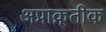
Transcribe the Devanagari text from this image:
अप्राक्र्तीक